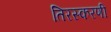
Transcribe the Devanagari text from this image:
तिरस्करणी